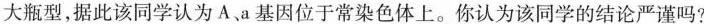
大瓶型，据此该同学认为A.a基因位于常染色体上。你认为该同学的结论严谨吗?